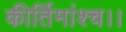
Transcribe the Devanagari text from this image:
कीर्तिमांश्च।।